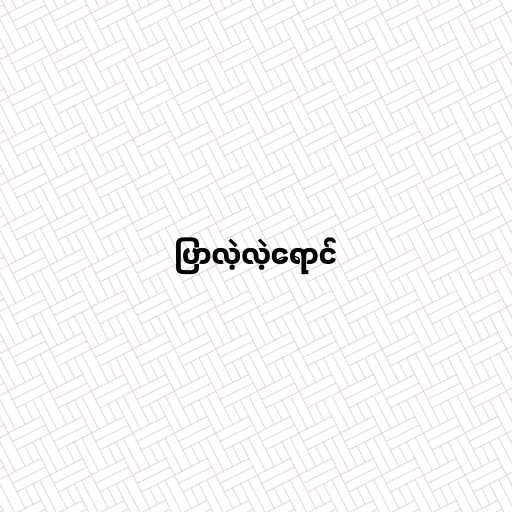
ပြာလဲ့လဲ့ရောင်